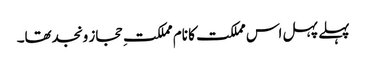
پہلے پہل اس مملکت کا نام مملکتِ حجاز ونجدتھا۔